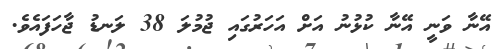
އޭނާ ވަނީ އޭނާ ކުޅުނު އަށް އަހަރުގައި ޖުމުލަ 38 ލަނޑު ޖާހަފައެވެ.